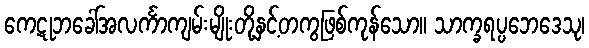
ကေဋုဘခေါ်အလင်္ကာကျမ်းမျိုးတို့နှင့်တကွဖြစ်ကုန်သော။ သာက္ခရပ္ပဘေဒေသု၊